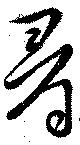
尋